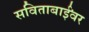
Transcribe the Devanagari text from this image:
सविताबाईंवर